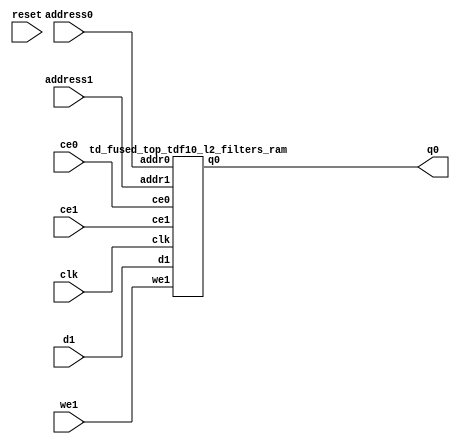
`define EXPONENT 5
`define MANTISSA 10
`define ACTUAL_MANTISSA 11
`define EXPONENT_LSB 10
`define EXPONENT_MSB 14
`define MANTISSA_LSB 0
`define MANTISSA_MSB 9
`define MANTISSA_MUL_SPLIT_LSB 3
`define MANTISSA_MUL_SPLIT_MSB 9
`define SIGN 1
`define SIGN_LOC 15
`define DWIDTH (`SIGN+`EXPONENT+`MANTISSA)
`define IEEE_COMPLIANCE 1

module td_fused_top_tdf10_l2_filters(
    reset,
    clk,
    address0,
    ce0,
    q0,
    address1,
    ce1,
    we1,
    d1);

parameter DataWidth = 32'd16;
parameter AddressRange = 32'd32768;
parameter AddressWidth = 32'd15;
input reset;
input clk;
input[AddressWidth - 1:0] address0;
input ce0;
output[DataWidth - 1:0] q0;
input[AddressWidth - 1:0] address1;
input ce1;
input we1;
input[DataWidth - 1:0] d1;



td_fused_top_tdf10_l2_filters_ram td_fused_top_tdf10_l2_filters_ram_U(
    .clk( clk ),
    .addr0( address0 ),
    .ce0( ce0 ),
    .q0( q0 ),
    .addr1( address1 ),
    .ce1( ce1 ),
    .we1( we1 ),
    .d1( d1 )
);

endmodule
module td_fused_top_tdf10_l2_filters_ram (addr0, ce0, q0, addr1, ce1, d1, we1,  clk);

parameter DWIDTH = 16;
parameter AWIDTH = 15;
parameter MEM_SIZE = 32768;

input[AWIDTH-1:0] addr0;
input ce0;
output wire[DWIDTH-1:0] q0;
input[AWIDTH-1:0] addr1;
input ce1;
input[DWIDTH-1:0] d1;
input we1;
input clk;

 reg [DWIDTH-1:0] ram[MEM_SIZE-1:0];
wire [AWIDTH-1:0] addr0_t0; 
reg [AWIDTH-1:0] addr0_t1; 
reg [DWIDTH-1:0] q0_t0;
reg [DWIDTH-1:0] q0_t1;
wire [AWIDTH-1:0] addr1_t0; 
reg [AWIDTH-1:0] addr1_t1; 
wire [DWIDTH-1:0] d1_t0; 
wire we1_t0; 
reg [DWIDTH-1:0] d1_t1; 
reg we1_t1; 


assign addr0_t0 = addr0;
assign q0 = q0_t1;
assign addr1_t0 = addr1;
assign d1_t0 = d1;
assign we1_t0 = we1;

always @(posedge clk)  
begin
    if (ce0) 
    begin
        addr0_t1 <= addr0_t0; 
        q0_t1 <= q0_t0;
    end
    if (ce1) 
    begin
        addr1_t1 <= addr1_t0; 
        d1_t1 <= d1_t0;
        we1_t1 <= we1_t0;
    end
end


always @(posedge clk)  
begin 
    if (ce0) begin
        q0_t0 <= ram[addr0_t1];
    end
end


always @(posedge clk)  
begin 
    if (ce1) begin
        if (we1_t1) 
            ram[addr1_t1] <= d1_t1; 
    end
end


endmodule